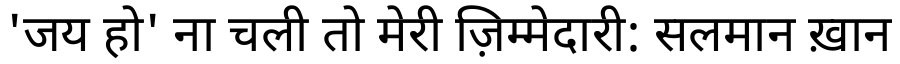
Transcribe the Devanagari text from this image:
'जय हो' ना चली तो मेरी ज़िम्मेदारी: सलमान ख़ान